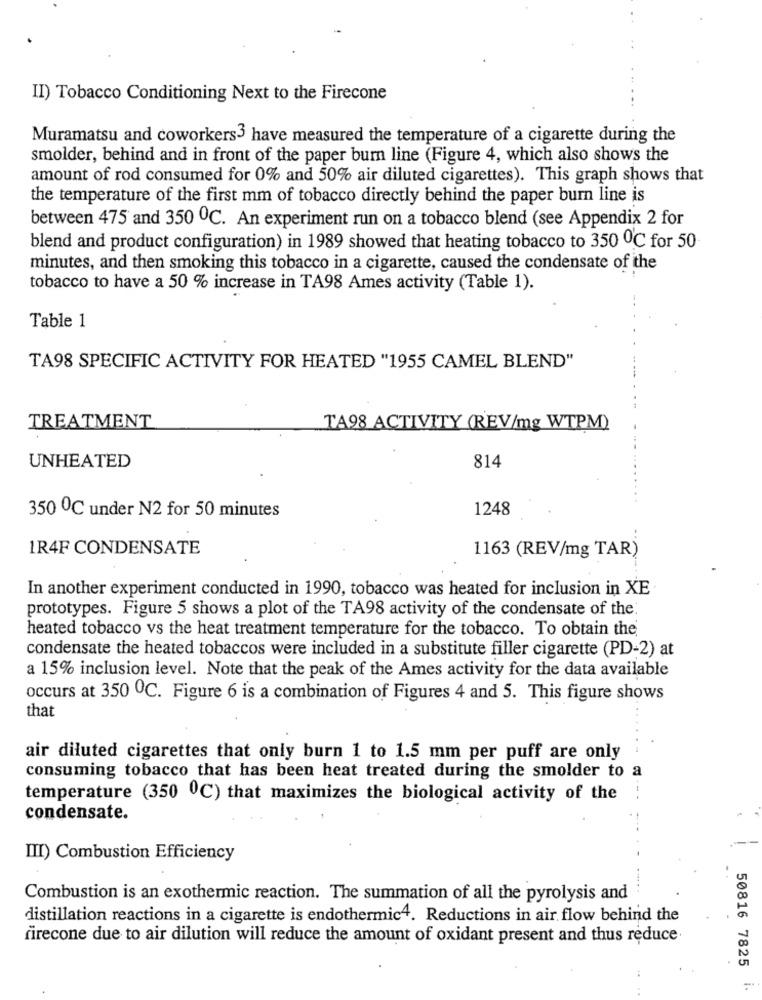
II) Tobacco Conditioning Next to the Firecone
Muramatsu and coworkers3 have measured the temperature of a cigarette during the
smolder, behind and in front of the paper burn line (Figure 4, which also shows the
amount of rod consumed for 0% and 50% air diluted cigarettes). This graph shows that
the temperature of the first mm of tobacco directly behind the paper burn line is
between 475 and 350 ℃. An experiment run on a tobacco blend (see Appendix 2 for
blend and product configuration) in 1989 showed that heating tobacco to 350 ℃ for 50
minutes, and then smoking this tobacco in a cigarette, caused the condensate of the
tobacco to have a 50 % increase in TA98 Ames activity (Table 1).
Table 1
TA98 SPECIFIC ACTIVITY FOR HEATED "1955 CAMEL BLEND"
TREATMENT
TA98 ACTIVITY (REV/mg WTPM)
UNHEATED
814
1248
350 ℃ under N2 for 50 minutes
1R4F CONDENSATE
1163 (REV/mg TAR)
In another experiment conducted in 1990, tobacco was heated for inclusion in XE
prototypes. Figure 5 shows a plot of the TA98 activity of the condensate of the.
heated tobacco vs the heat treatment temperature for the tobacco. To obtain the
condensate the heated tobaccos were included in a substitute filler cigarette (PD-2) at
a 15% inclusion level. Note that the peak of the Ames activity for the data available
occurs at 350 0℃. Figure 6 is a combination of Figures 4 and 5. This figure shows
that
air diluted cigarettes that only burn 1 to 1.5 mm per puff are only
consuming tobacco that has been heat treated during the smolder to a
temperature (350 0℃) that maximizes the biological activity of the
condensate.
III) Combustion Efficiency
Combustion is an exothermic reaction. The summation of all the pyrolysis and
distillation reactions in a cigarette is endothermic4. Reductions in air flow behind the
firecone due to air dilution will reduce the amount of oxidant present and thus reduce
50816 7825
-